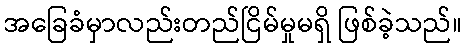
အခြေခံမှာလည်းတည်ငြိမ်မှုမရှိ ဖြစ်ခဲ့သည်။